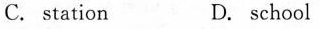
C. station D. school